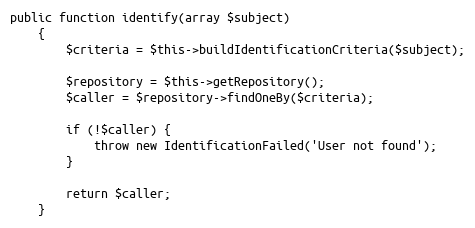
Language: PHP
public function identify(array $subject)
    {
        $criteria = $this->buildIdentificationCriteria($subject);

        $repository = $this->getRepository();
        $caller = $repository->findOneBy($criteria);

        if (!$caller) {
            throw new IdentificationFailed('User not found');
        }

        return $caller;
    }